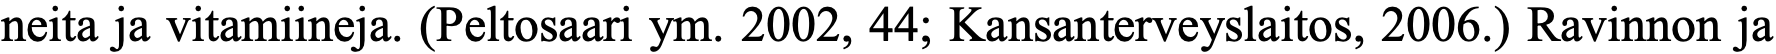
neita ja vitamiineja. (Peltosaari ym. 2002, 44; Kansanterveyslaitos, 2006.) Ravinnon ja